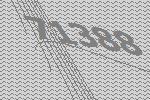
71388